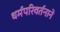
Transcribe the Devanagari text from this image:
धर्मपरिवर्तनाने